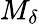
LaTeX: M_{\delta}